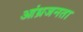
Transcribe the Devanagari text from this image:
आंध्रजनता